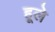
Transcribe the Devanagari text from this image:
हूले